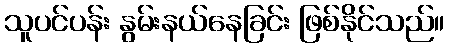
သူပင်ပန်း နွမ်းနယ်နေခြင်း ဖြစ်နိုင်သည်။